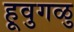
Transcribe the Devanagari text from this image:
हूवुगळु